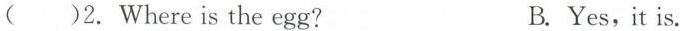
( )2.Where is the egg? B.Yes,it is.